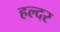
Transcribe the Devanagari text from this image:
हल्दर